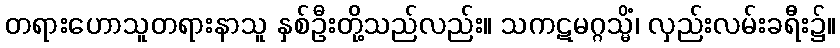
တရားဟောသူတရားနာသူ နှစ်ဦးတို့သည်လည်း။ သကဋမဂ္ဂသ္မိံ၊ လှည်းလမ်းခရီး၌။